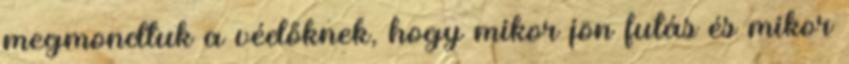
megmondtuk a védőknek, hogy mikor jön futás és mikor